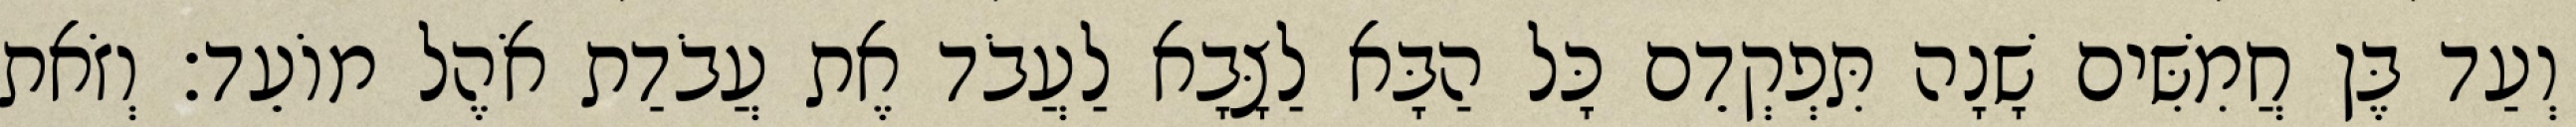
וְעַד בֶּן חֲמִשִּׁים שָׁנָה תִּפְקְדֵם כָּל הַבָּא לַצָּבָא לַעֲבֹד אֶת עֲבֹדַת אֹהֶל מוֹעֵד׃ וְזֹאת